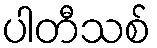
ပါတီသစ်